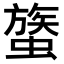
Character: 𧐈